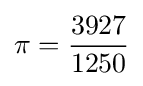
\pi ={3927 \over 1250}